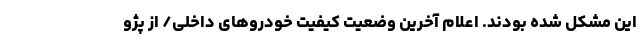
این مشکل شده بودند. اعلام آخرین وضعیت کیفیت خودروهای داخلی/ از پژو